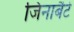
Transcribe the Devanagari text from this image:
जिनाबैटे